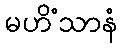
မဟိံသာနံ